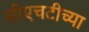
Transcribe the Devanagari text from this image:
सीएचटीच्या